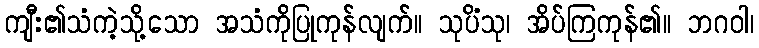
ကျီး၏သံကဲ့သို့သော အသံကိုပြုကုန်လျက်။ သုပိံသု၊ အိပ်ကြကုန်၏။ ဘဂဝါ၊